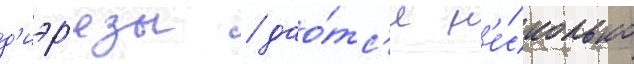
д'иэр'езы / дао́тс'я н'е́сколько